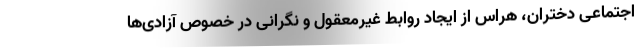
اجتماعی دختران، هراس از ایجاد روابط غیرمعقول و نگرانی در خصوص آزادی‌ها